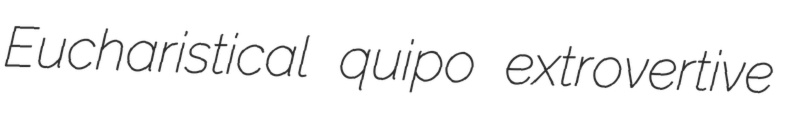
Eucharistical quipo extrovertive